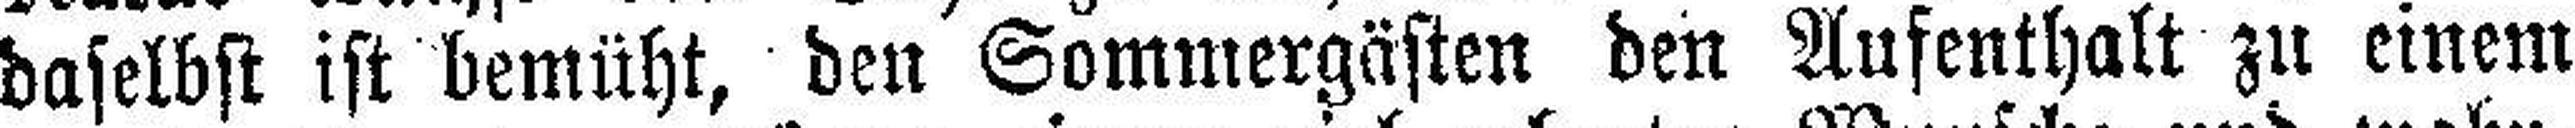
daselbst ist bemüht, den Sommergästen den Aufenthalt zu einem